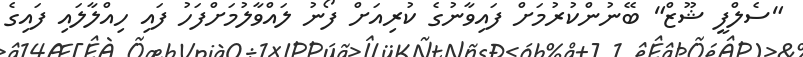
"ސެލްފީ ޝޫޒް" ބޭނުންކުރުމަށް ފައިވާނުގެ ކުރިއަށް ފޯނު ލައްވާލުމަށްފަހު ފައި ހިއްލާލައި ފައިގެ